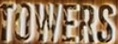
TOWERS